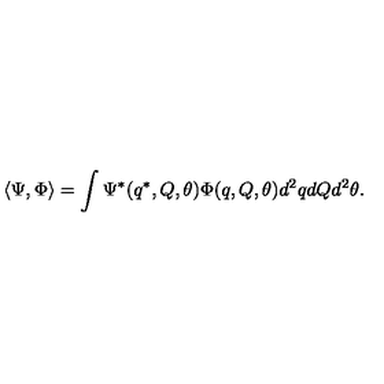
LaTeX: \langle \Psi , \Phi \rangle = \int \Psi ^ { * } ( q ^ { * } , Q , \theta ) \Phi ( q , Q , \theta ) d ^ { 2 } q d Q d ^ { 2 } \theta .